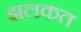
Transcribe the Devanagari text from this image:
झलकत